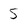
Character: 5